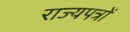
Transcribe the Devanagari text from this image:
राज्यपत्रों